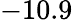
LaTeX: -10.9